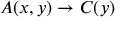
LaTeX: A ( x , y ) \rightarrow C ( y )